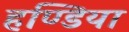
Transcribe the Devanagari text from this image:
हण्डिया